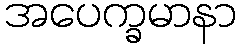
အပေက္ခမာနာ